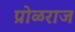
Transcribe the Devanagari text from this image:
प्रोळराज